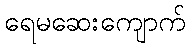
ရေမဆေးကျောက်